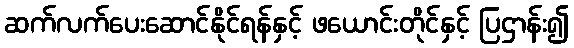
ဆက်လက်ပေးဆောင်နိုင်ရန်နှင့် ဖယောင်းတိုင်နှင့် ပြဌာန်း၍